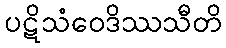
ပဋိသံဝေဒိဿသီတိ